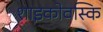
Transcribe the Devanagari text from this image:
शाइकोवस्कि